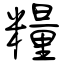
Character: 糧